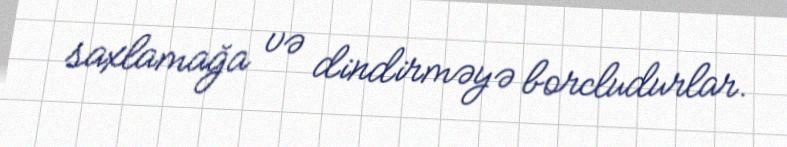
saxlamağa və dindirməyə borcludurlar.